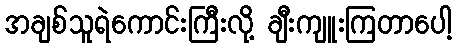
အချစ်သူရဲကောင်းကြီးလို့ ချီးကျူးကြတာပေါ့